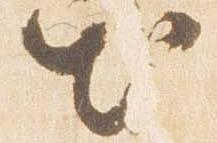
出